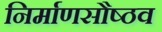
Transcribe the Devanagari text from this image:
निर्माणसौष्ठव